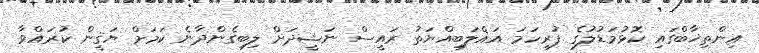
އިންތިޚާބްގައި ކޮޅުމަޑުލުގެ ފުރިހަމަ އަޣްލަބިއްޔަތު ރައީސް ނަޝީދަށް ލިބިގެންދާނެ ކަމަށް ޔަޤީން ކުރައްވާ